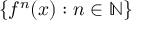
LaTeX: \{ f ^ { n } ( x ) : n \in \mathbb { N } \}